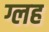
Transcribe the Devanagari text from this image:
ग्लह